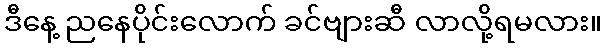
ဒီနေ့ ညနေပိုင်းလောက် ခင်ဗျားဆီ လာလို့ရမလား။